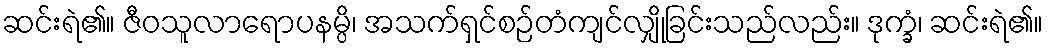
ဆင်းရဲ၏။ ဇီဝသူလာရောပနမ္ပိ၊ အသက်ရှင်စဉ်တံကျင်လျှိုခြင်းသည်လည်း။ ဒုက္ခံ၊ ဆင်းရဲ၏။